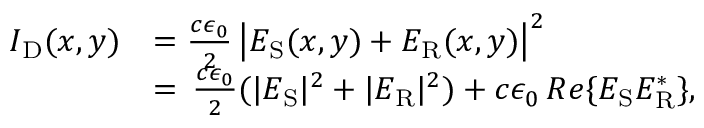
\begin{array} { r l } { I _ { \mathrm { D } } ( x , y ) } & { = \frac { c \epsilon _ { 0 } } { 2 } \left| E _ { \mathrm { S } } ( x , y ) + E _ { \mathrm { R } } ( x , y ) \right| ^ { 2 } } \\ & { = \, \frac { c \epsilon _ { 0 } } { 2 } ( | E _ { \mathrm { S } } | ^ { 2 } + | E _ { \mathrm { R } } | ^ { 2 } ) + c \epsilon _ { 0 } \, R e \{ E _ { \mathrm { S } } E _ { \mathrm { R } } ^ { \ast } \} , } \end{array}